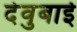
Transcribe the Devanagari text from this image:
देवुबाई